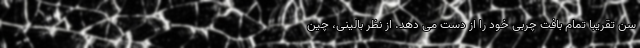
سن تقریبا تمام بافت چربی خود را از دست می دهد. از نظر بالینی، چین